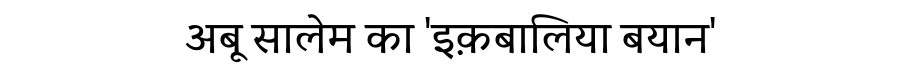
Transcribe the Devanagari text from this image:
अबू सालेम का 'इक़बालिया बयान'